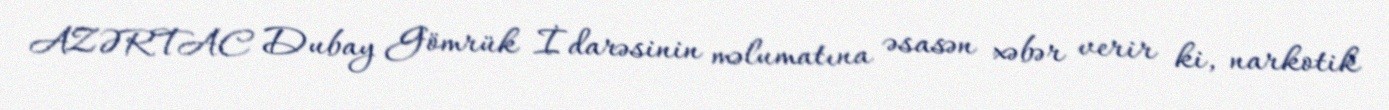
AZƏRTAC Dubay Gömrük İdarəsinin məlumatına əsasən xəbər verir ki, narkotik